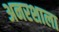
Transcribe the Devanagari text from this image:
अनरशाला